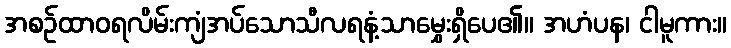
အစဉ်ထာဝရလိမ်းကျံအပ်သောသီလရနံ့သာမွှေးရှိပေ၏။ အဟံပန၊ ငါမူကား။